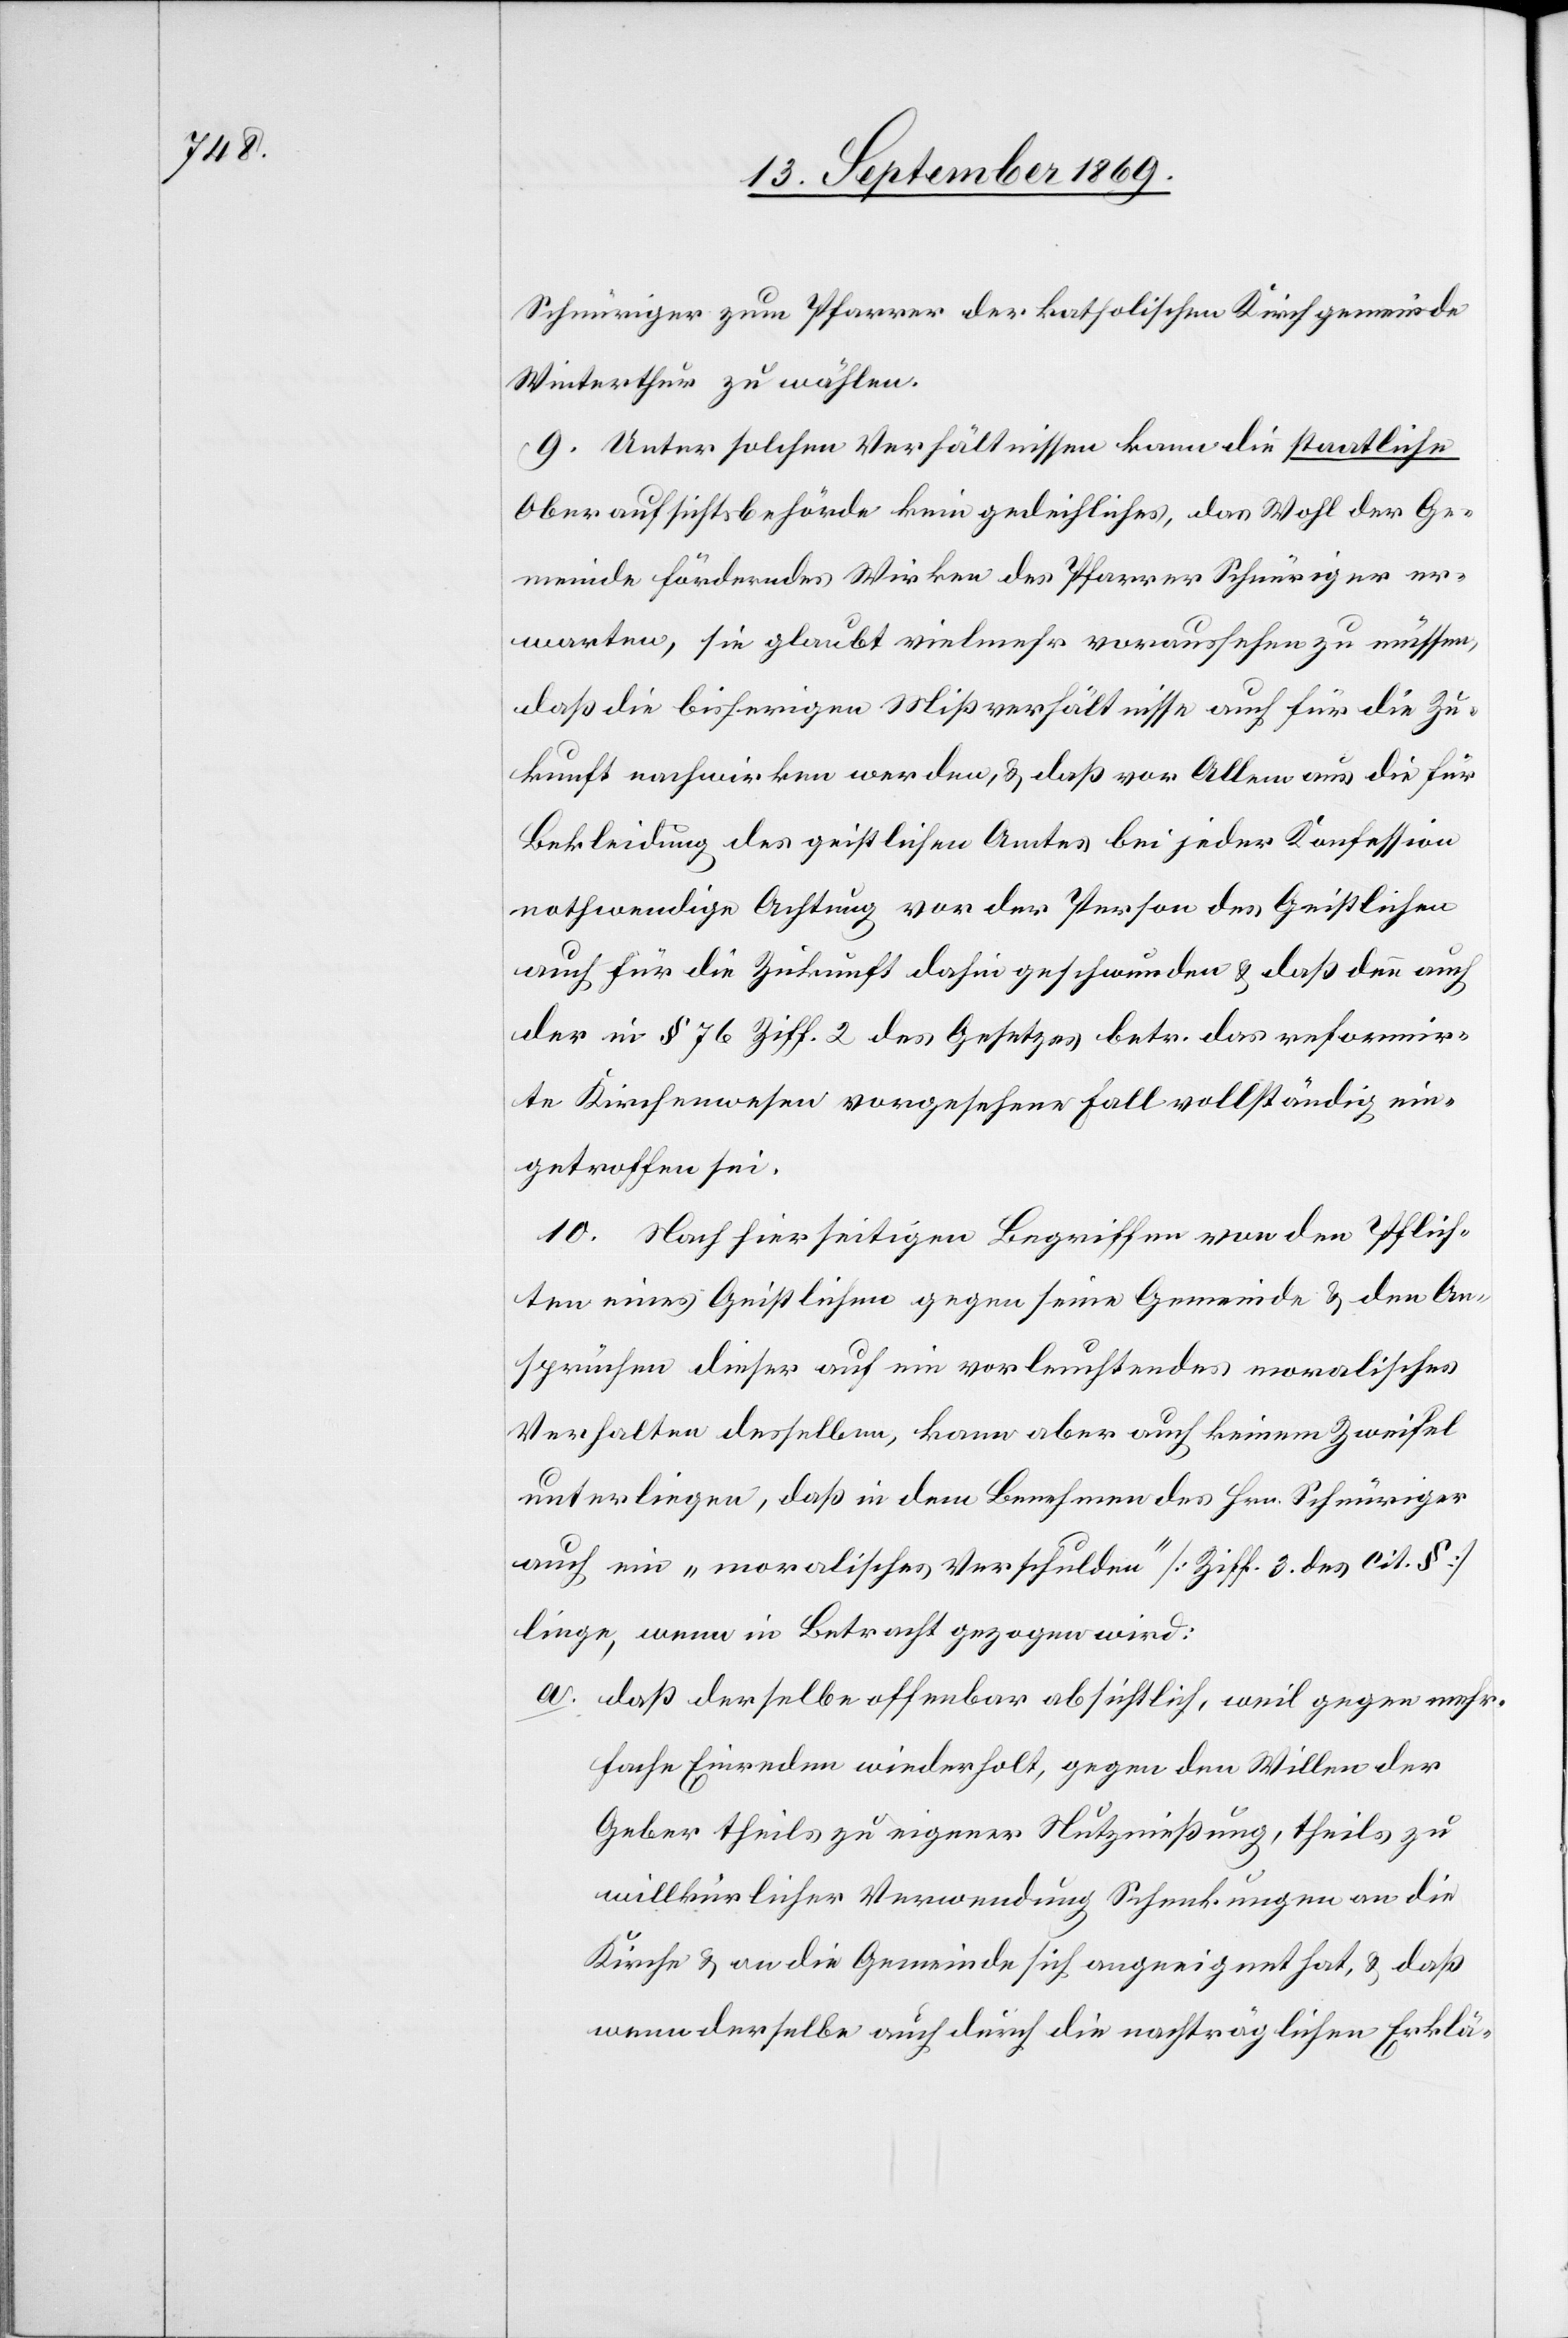
Schnüriger zum Pfarrer der katholischen Kirchgemeinde
Winterthur zu wählen.
9. Unter solchen Verhältnissen kann die staatliche
Oberaufsichtsbehörde kein gedeihliches, das Wohl der Ge¬
meinde förderndes Wirken des Pfarrer Schnüriger er¬
warten, sie glaubt vielmehr voraussehen zu müssen,
daß die bisherigen Mißverhältnisse auch für die Zu¬
kunft nachwirken werden, & daß vor Allem aus die für
Bekleidung des geistlichen Amtes bei jeder Konfession
nothwendige Achtung vor der Person des Geistlichen
auch für die Zukunft dahin geschwunden & daß denn auch
der in § 76 Ziff. 2 des Gesetzes betr. das reformir¬
te Kirchenwesen vorgesehene Fall vollständig ein¬
getroffen sei.
10. Nach hierseitigen Begriffen von den Pflich¬
ten eines Geistlichen gegen seine Gemeinde & den An¬
sprüchen dieser auf ein vorleuchtendes moralisches
Verhalten desselben, kann aber auch keinem Zweifel
unterliegen, daß in dem Benehmen des Hrn. Schnüriger
auch ein „moralisches Verschulden“ [Ziff. 3 des cit. §]
liege, wenn in Betracht gezogen wird:
a. daß derselbe offenbar absichtlich, weil gegen mehr¬
fache Einreden wiederholt, gegen den Willen der
Geber theils zu eigener Nutznießung, theils zu
willkürlicher Verwendung Schenkungen an die
Kirche & an die Gemeinde sich angeeignet hat, & daß
wenn derselbe auch durch die nachträglichen Erklä-